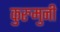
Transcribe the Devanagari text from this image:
कुरुमुनी